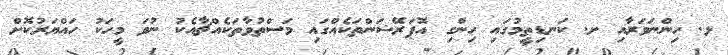
ޅ. ހިންނަވަރާއި ށ. ކަނޑިތީމުގައި ހިންގި އޮޕަރޭޝަންތަކެއްގައި މަސްތުވާތަކެއްޗާއެކު ނުވަ މީހަކު ހައްޔަރުކޮށް